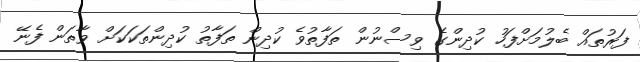
ފަރުތައް ބެލުމަށްފަހު ކުދިންގެ ވިސްނުން ތަފާތުވެ ކުދިން ތަފާތު ކުދިންތަކަކަށް ވާތަން ފެނޭ